Subject: physics
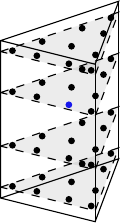
LaTeX code:
\begin{tikzpicture}[x = {(0.75cm,0.25cm)}, y={(0.6cm,-0.15cm)}, z={(0cm,1cm)},]
\definecolor{myblue}{RGB}{79,193,232}
\definecolor{mygreen}{RGB}{160,213,104}
\draw plot [mark=*, mark size=1] coordinates{(-0.333333333333333, -0.333333333333333, -0.8611363115940526)};
\draw plot [mark=*, mark size=1] coordinates{(-0.888871894660414, 0.777743789320828, -0.8611363115940526)};
\draw plot [mark=*, mark size=1] coordinates{(0.777743789320828, -0.888871894660414, -0.8611363115940526)};
\draw plot [mark=*, mark size=1] coordinates{(-0.888871894660414, -0.888871894660414, -0.8611363115940526)};
\draw plot [mark=*, mark size=1] coordinates{(0.268421495491446, -0.408932576528214, -0.8611363115940526)};
\draw plot [mark=*, mark size=1] coordinates{(-0.859488918963232, -0.408932576528214, -0.8611363115940526)};
\draw plot [mark=*, mark size=1] coordinates{(-0.408932576528214, -0.859488918963232, -0.8611363115940526)};
\draw plot [mark=*, mark size=1] coordinates{(0.268421495491446, -0.859488918963232, -0.8611363115940526)};
\draw plot [mark=*, mark size=1] coordinates{(-0.859488918963232, 0.268421495491446, -0.8611363115940526)};
\draw plot [mark=*, mark size=1] coordinates{(-0.408932576528214, 0.268421495491446, -0.8611363115940526)};
\draw plot [mark=*, mark size=1] coordinates{(-0.333333333333333, -0.333333333333333, -0.33998104358485626)};
\draw plot [mark=*, mark size=1] coordinates{(-0.888871894660414, 0.777743789320828, -0.33998104358485626)};
\draw plot [mark=*, mark size=1] coordinates{(0.777743789320828, -0.888871894660414, -0.33998104358485626)};
\draw plot [mark=*, mark size=1] coordinates{(-0.888871894660414, -0.888871894660414, -0.33998104358485626)};
\draw plot [mark=*, mark size=1] coordinates{(0.268421495491446, -0.408932576528214, -0.33998104358485626)};
\draw plot [mark=*, mark size=1] coordinates{(-0.859488918963232, -0.408932576528214, -0.33998104358485626)};
\draw plot [mark=*, mark size=1] coordinates{(-0.408932576528214, -0.859488918963232, -0.33998104358485626)};
\draw plot [mark=*, mark size=1] coordinates{(0.268421495491446, -0.859488918963232, -0.33998104358485626)};
\draw plot [mark=*, mark size=1] coordinates{(-0.859488918963232, 0.268421495491446, -0.33998104358485626)};
\draw plot [mark=*, mark size=1] coordinates{(-0.408932576528214, 0.268421495491446, -0.33998104358485626)};
\draw plot [mark=*, mark size=1] coordinates{(-0.333333333333333, -0.333333333333333, 0.33998104358485626)};
\draw plot [mark=*, mark size=1] coordinates{(-0.888871894660414, 0.777743789320828, 0.33998104358485626)};
\draw plot [mark=*, mark size=1] coordinates{(0.777743789320828, -0.888871894660414, 0.33998104358485626)};
\draw plot [mark=*, mark size=1] coordinates{(-0.888871894660414, -0.888871894660414, 0.33998104358485626)};
\draw plot [mark=*, mark size=1] coordinates{(0.268421495491446, -0.408932576528214, 0.33998104358485626)};
\draw plot [mark=*, mark size=1] coordinates{(-0.859488918963232, -0.408932576528214, 0.33998104358485626)};
\draw plot [mark=*, mark size=1] coordinates{(-0.408932576528214, -0.859488918963232, 0.33998104358485626)};
\draw plot [mark=*, mark size=1] coordinates{(0.268421495491446, -0.859488918963232, 0.33998104358485626)};
\draw [color=blue!90] plot [mark=*, mark size=1] coordinates{(-0.859488918963232, 0.268421495491446, 0.33998104358485626)};
\draw plot [mark=*, mark size=1] coordinates{(-0.408932576528214, 0.268421495491446, 0.33998104358485626)};
\draw plot [mark=*, mark size=1] coordinates{(-0.333333333333333, -0.333333333333333, 0.8611363115940526)};
\draw plot [mark=*, mark size=1] coordinates{(-0.888871894660414, 0.777743789320828, 0.8611363115940526)};
\draw plot [mark=*, mark size=1] coordinates{(0.777743789320828, -0.888871894660414, 0.8611363115940526)};
\draw plot [mark=*, mark size=1] coordinates{(-0.888871894660414, -0.888871894660414, 0.8611363115940526)};
\draw plot [mark=*, mark size=1] coordinates{(0.268421495491446, -0.408932576528214, 0.8611363115940526)};
\draw plot [mark=*, mark size=1] coordinates{(-0.859488918963232, -0.408932576528214, 0.8611363115940526)};
\draw plot [mark=*, mark size=1] coordinates{(-0.408932576528214, -0.859488918963232, 0.8611363115940526)};
\draw plot [mark=*, mark size=1] coordinates{(0.268421495491446, -0.859488918963232, 0.8611363115940526)};
\draw plot [mark=*, mark size=1] coordinates{(-0.859488918963232, 0.268421495491446, 0.8611363115940526)};
\draw plot [mark=*, mark size=1] coordinates{(-0.408932576528214, 0.268421495491446, 0.8611363115940526)};
\path (-1,-1,-1) coordinate (A) (1,-1,-1) coordinate (B) (-1,1,-1) coordinate (C); % (0,0,0) coordinate (D) (0,\z,\y) coordinate (E) (\x,\z,\y) coordinate (F) (\x,\z,0) coordinate (G) (0,\z,0) coordinate (H);
\path (-1,-1,1) coordinate (D) (1,-1,1) coordinate (E) (-1,1,1) coordinate (F);
\draw (A)--(B)--(C)--(A)--(D)--(E)--(F)--(D);
\draw (B)--(E);
\draw (C)--(F);
\foreach \z in {-0.8611363115940526,-0.33998104358485626,0.33998104358485626,0.8611363115940526}{
\draw [dashed, black, fill=black, fill opacity=0.075] (-1,-1,\z)--(1,-1,\z)--(-1,1,\z)--(-1,-1,\z);
}
\end{tikzpicture}